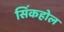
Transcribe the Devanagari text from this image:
सिंकहोल